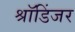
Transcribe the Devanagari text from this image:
श्रॉडिंजर